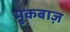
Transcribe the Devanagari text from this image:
मुकबाज़